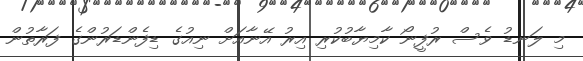
މި ލަނޑު ވެސް ރުފީނޯ ކާމިޔާބުކުރި އިރު އޭނާއަށް ނިއުގެ ޑިފެންޑަރުންގެ ފަރާތުން